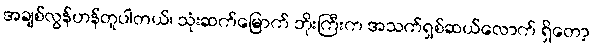
အချစ်လွန်ဟန်တူပါတယ်၊ သုံးဆက်မြောက် ဘိုးကြီးက အသက်ရှစ်ဆယ်လောက် ရှိတော့